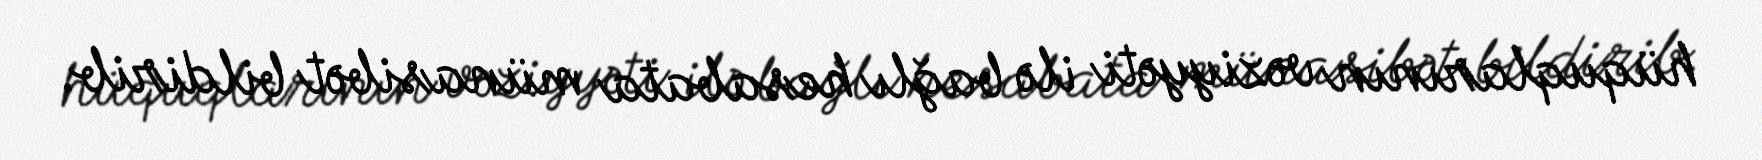
hüquqlarının vəziyyəti ilə bağlı hesabata münasibət bildirib.